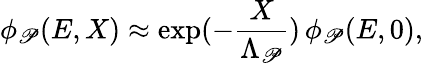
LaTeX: \phi_{\mathscr{P}}(E,X)\approx\exp(-\frac{{X}}{{\Lambda_{\mathscr{P}}}})\, \phi_{\mathscr{P}}(E,0),